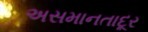
અસમાનતાદૂર